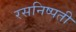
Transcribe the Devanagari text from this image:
रसनिष्पती